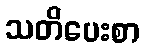
သတိပေးစာ